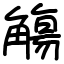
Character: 觴